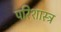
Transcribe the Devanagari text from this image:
परिशास्त्र